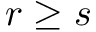
r \geq s